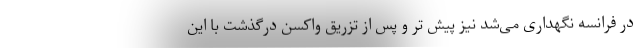
در فرانسه نگهداری می‌شد نیز پیش تر و پس از تزریق واکسن درگذشت با این